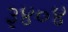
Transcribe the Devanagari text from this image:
३४०४